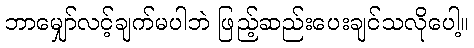
ဘာမျှော်လင့်ချက်မပါဘဲ ဖြည့်ဆည်းပေးချင်သလိုပေါ့။